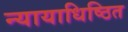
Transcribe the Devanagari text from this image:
न्यायाधिष्ठित